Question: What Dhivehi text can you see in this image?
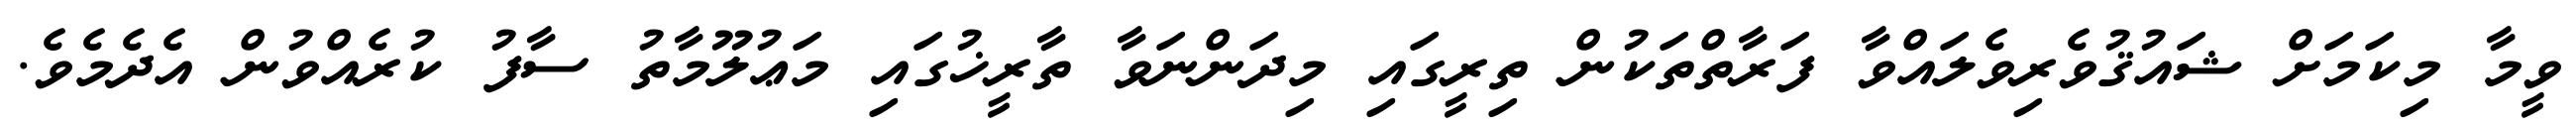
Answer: ވީމާ މިކަމަށް ޝައުޤުވެރިވެލައްވާ ފަރާތްތަކުން ތިރީގައި މިދަންނަވާ ތާރީޚުގައި މަޢުލޫމާތު ސާފު ކުރެއްވުން އެދެމެވެ.